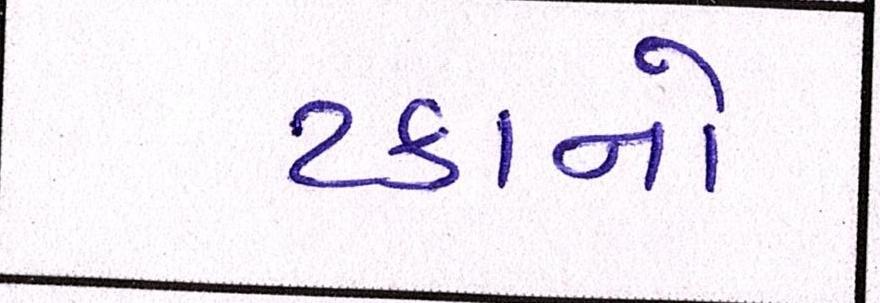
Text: ટકાનો